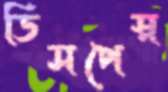
ডিসপেস্ন